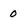
Character: 0